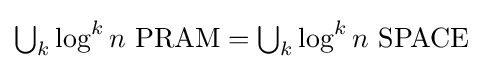
{\textstyle \bigcup _{k}\log ^{k}n{\text{ PRAM}}=\bigcup _{k}\log ^{k}n{\text{ SPACE}}}